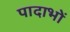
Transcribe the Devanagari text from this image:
पादाभों